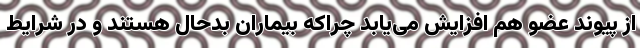
از پیوند عضو هم افزایش می‌یابد چراکه بیماران بدحال هستند و در شرایط